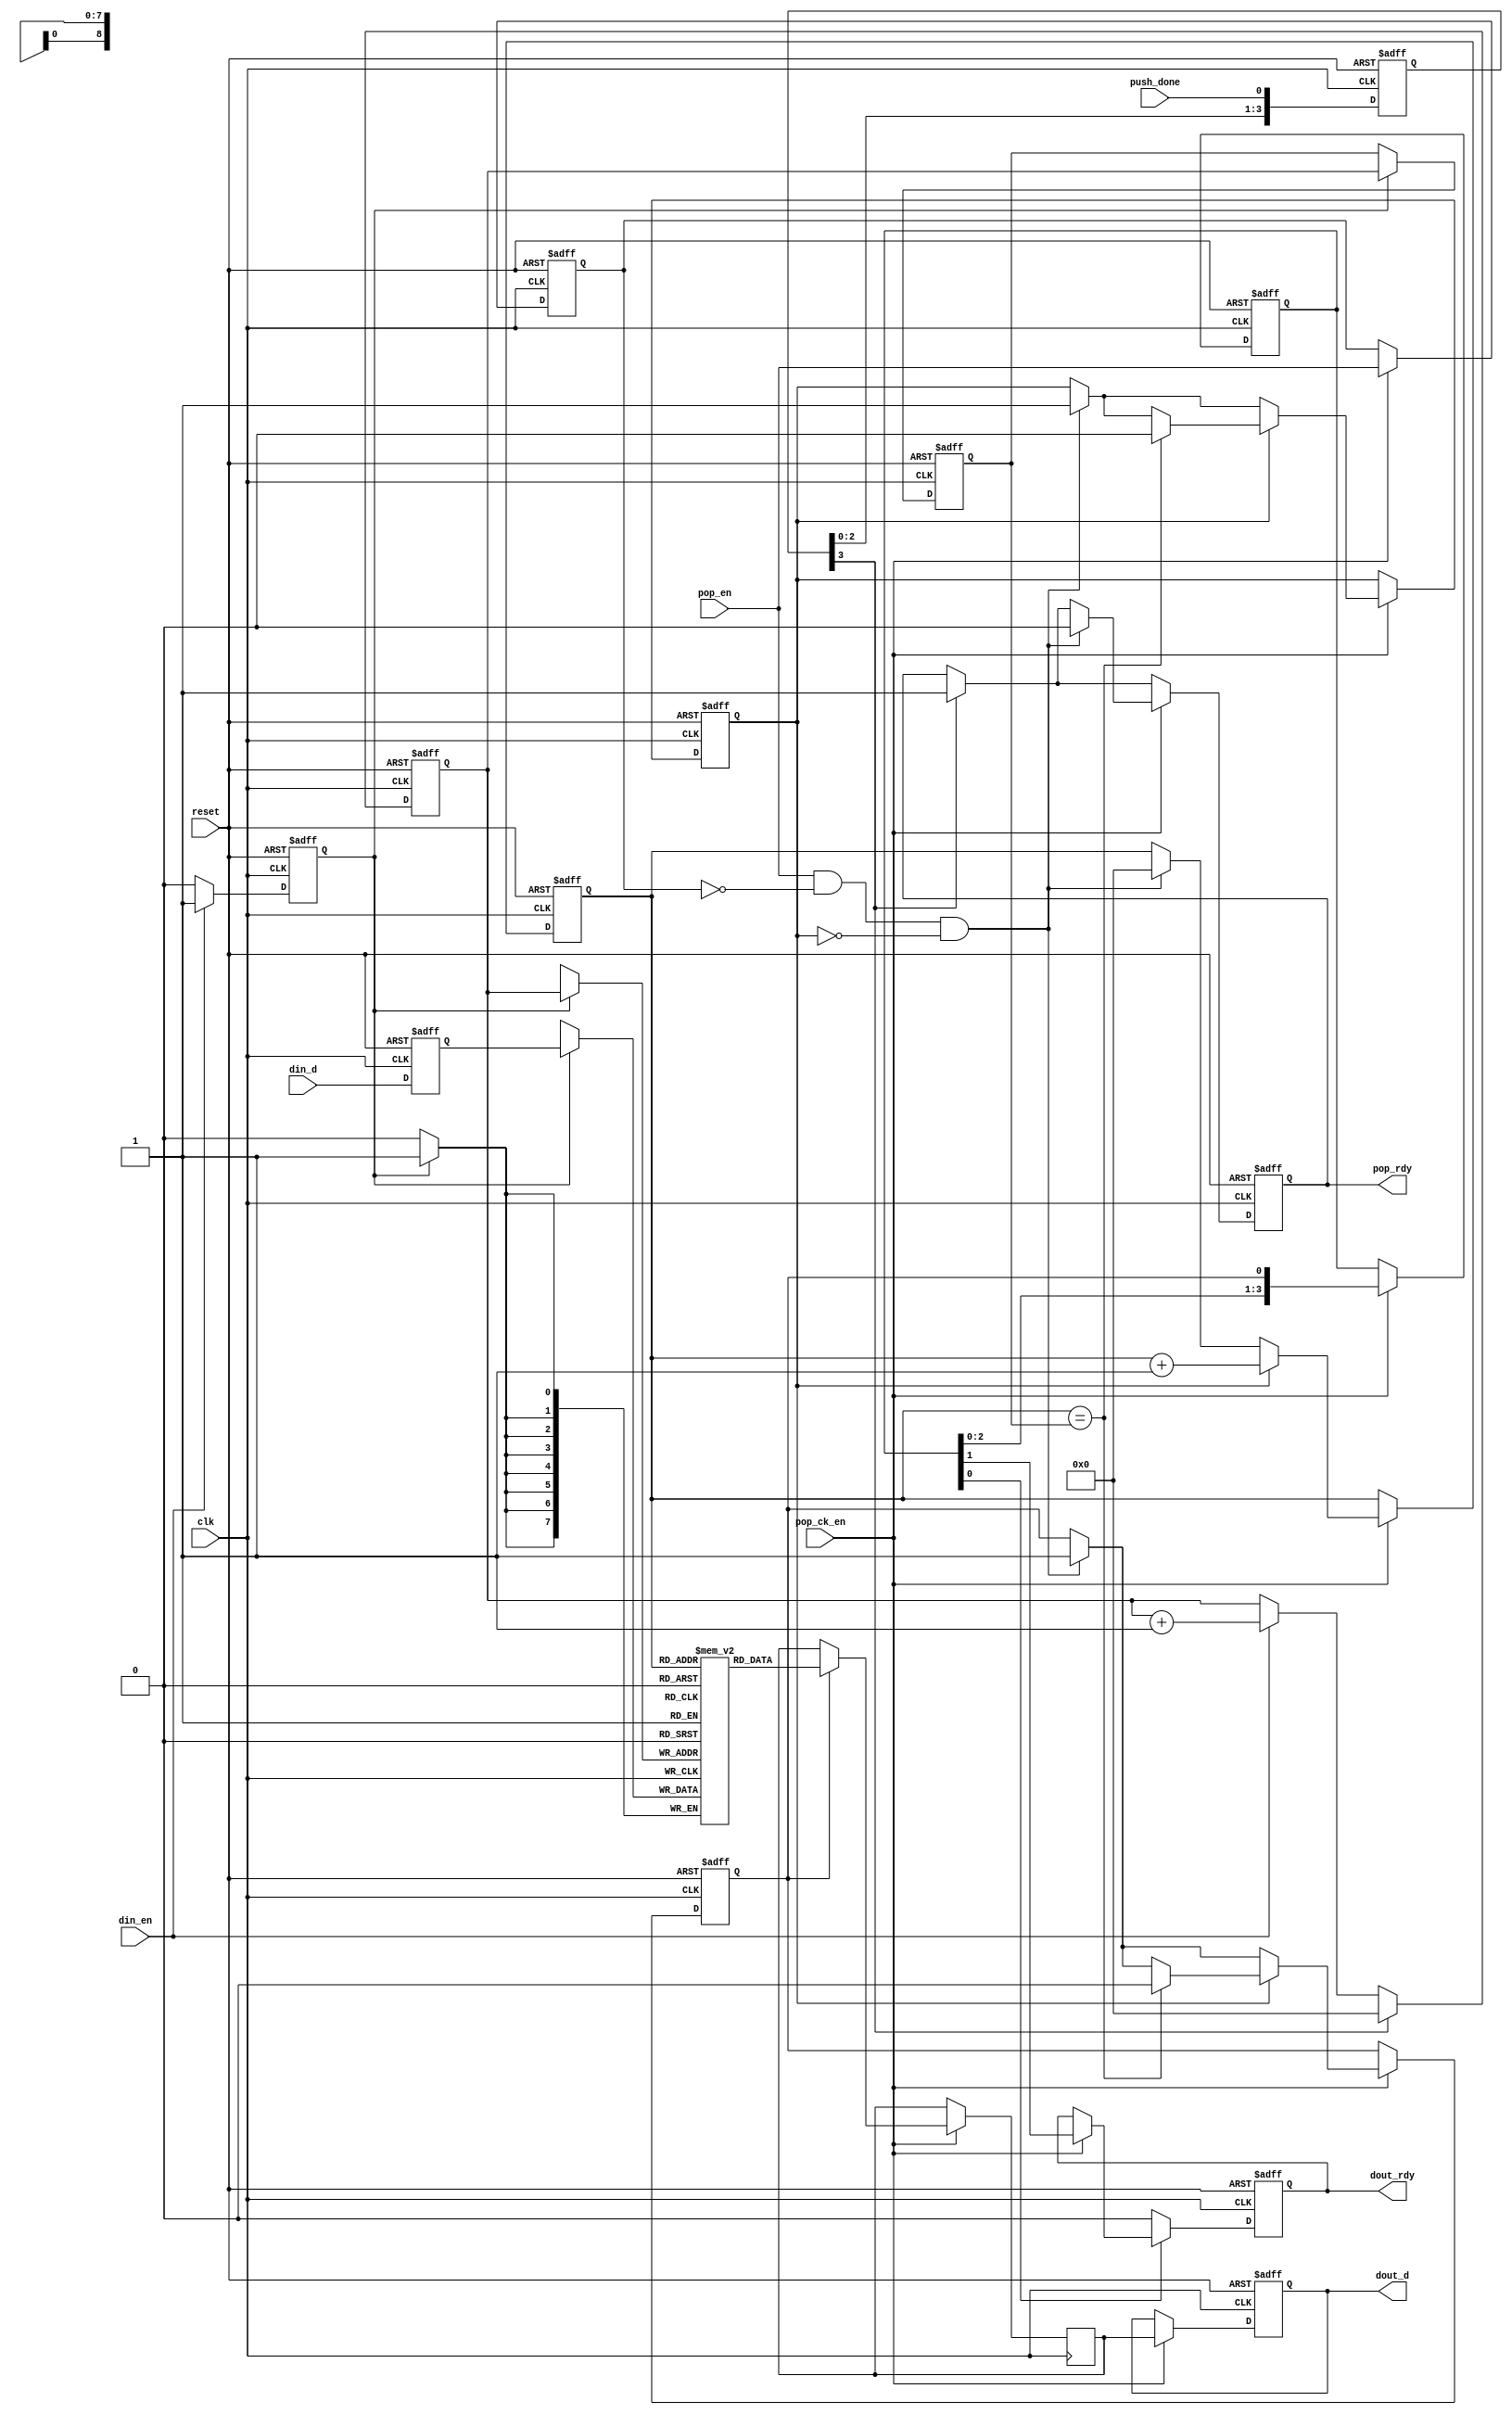
/* ****************************************************************************
-- (C) Copyright 2017 Kevin M. Hubbard - All rights reserved.
-- Source file: mesa_ro_buffer.v
-- Date:        October 2017
-- Author:      khubbard
-- Description: Byte buffer for Mesa Bus for storing intermittent stream of 
--              ro bytes until the read is complete, then provides constant
--              stream of ro bytes as required by USB3 interface FIFO.
--              Basically a store then dump non-circular FIFO
-- Language:    Verilog-2001
-- Simulation:  Mentor-Modelsim
-- Synthesis:   Xilint-XST,Xilinx-Vivado,Lattice-Synplify
-- License:     This project is licensed with the CERN Open Hardware Licence
--              v1.2.  You may redistribute and modify this project under the
--              terms of the CERN OHL v.1.2. (http://ohwr.org/cernohl).
--              This project is distributed WITHOUT ANY EXPRESS OR IMPLIED
--              WARRANTY, INCLUDING OF MERCHANTABILITY, SATISFACTORY QUALITY
--              AND FITNESS FOR A PARTICULAR PURPOSE. Please see the CERN OHL
--              v.1.2 for applicable Conditions.
--
-- Ver#  When      Who      What
-- ----  --------  -------- --------------------------------------------------
-- 0.1   10.21.17  khubbard Creation
-- ***************************************************************************/
`default_nettype none // Strictly enforce all nets to be declared


module mesa_ro_buffer #
(
   parameter depth_len      =  512,
   parameter depth_bits     =  9
)
(
  input  wire         reset,
  input  wire         clk,
  input  wire         pop_ck_en,
  input  wire         push_done,
  input  wire         pop_en,
  output reg          pop_rdy,  
  input  wire         din_en,
  input  wire [7:0]   din_d,
  output reg          dout_rdy,
  output reg  [7:0]   dout_d
);


  reg  [7:0]              ram_array[depth_len-1:0];
  reg  [depth_bits-1:0]   a_addr;
  reg                     a_we;
  reg  [7:0]              a_di;
  reg  [depth_bits-1:0]   b_addr;
  reg  [7:0]              b_do;
  reg                     b_en;
  reg  [3:0]              b_en_sr;
  reg  [depth_bits-1:0]   stop_addr;
  reg                     pop_jk;
  reg  [3:0]              done_sr;
  wire [15:0]             zeros;
  wire [15:0]             ones;
  reg                     pop_en_p1;

  assign zeros = 16'd0;
  assign ones  = 16'hFFFF;


//-----------------------------------------------------------------------------
// Push process
//-----------------------------------------------------------------------------
always @ ( posedge clk or posedge reset ) begin : proc_din 
  if ( reset == 1 ) begin 
    a_we      <= 0;
    a_addr    <= zeros[depth_bits-1:0];
    stop_addr <= zeros[depth_bits-1:0];
    a_di      <= 8'd0;
    done_sr   <= 4'd0;
  end else begin 
    a_di    <= din_d[7:0];
    done_sr <= { done_sr[2:0], push_done };// Must delay as preceeds last pushes
    a_we   <= 0;
    if ( din_en == 1 ) begin 
      a_we      <= 1;
      a_addr    <= a_addr + 1;
    end 
    if ( a_we == 1 ) begin 
      stop_addr <= a_addr;
    end
    if ( done_sr[3] == 1 ) begin
      a_addr <= zeros[depth_bits-1:0];
    end 
  end 
end // proc_din


//-----------------------------------------------------------------------------
// Pop process
//-----------------------------------------------------------------------------
always @ ( posedge clk or posedge reset ) begin : proc_dout
  if ( reset == 1 ) begin 
    b_en      <= 0;
    b_en_sr   <= 4'd0;
    b_addr    <= zeros[depth_bits-1:0];
    pop_jk    <= 0;
    pop_rdy   <= 0;
    pop_en_p1 <= 0;
    dout_rdy  <= 0;
    dout_d    <= 8'd0;
  end else begin 
   if ( pop_ck_en == 1 ) begin
     b_en_sr   <= { b_en_sr[2:0], b_en };
//   dout_rdy  <= b_en_sr[1] & b_en_sr[0];
     dout_rdy  <= b_en_sr[1];
     dout_d    <= b_do[7:0];
     pop_en_p1 <= pop_en;
   end
   if ( b_en_sr[0] == 0 ) begin
     dout_rdy <= 0;
   end

    if ( done_sr[3] == 1 ) begin
      pop_rdy <= 1;// FIFO has data ready to be popped
    end
    if ( pop_ck_en == 1 ) begin
      if ( pop_en == 1 && pop_en_p1 == 0 && pop_jk == 0 ) begin
        b_en    <= 1;
        b_addr  <= zeros[depth_bits-1:0];
        pop_jk  <= 1;
        pop_rdy <= 0;
      end
      if ( pop_jk == 1 ) begin 
        b_addr <= b_addr + 1;
        if ( b_addr == stop_addr ) begin
          b_en   <= 0;
          pop_jk <= 0;
        end
      end 
    end 
  end
end


//-----------------------------------------------------------------------------
// Infer Dual Port RAM
//-----------------------------------------------------------------------------
always @( posedge clk )
begin
  if ( a_we ) begin
    ram_array[a_addr] <= a_di[7:0];
  end
end // always


//-----------------------------------------------------------------------------
// Read Port of RAM
//-----------------------------------------------------------------------------
always @( posedge clk )
begin
  if ( pop_ck_en == 1 ) begin
    if ( b_en == 1 ) begin
      b_do <= ram_array[b_addr];
    end
  end
end // always


endmodule // mesa_ro_buffer